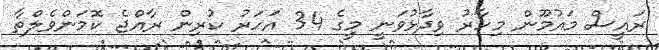
ރައީސް މައުމޫން މިހާރު ވިދާޅުވަނީ މީގެ 34 އަހަރު ކުރިން ރާއްޖެ ކޮމަންވެލްތާ